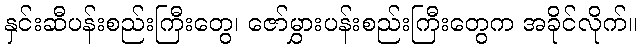
နှင်းဆီပန်းစည်းကြီးတွေ၊ ဇော်မွှားပန်းစည်းကြီးတွေက အခိုင်လိုက်။